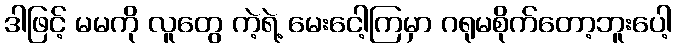
ဒါဖြင့် မမကို လူတွေ ကဲ့ရဲ့ မေးငေါ့ကြမှာ ဂရုမစိုက်တော့ဘူးပေါ့